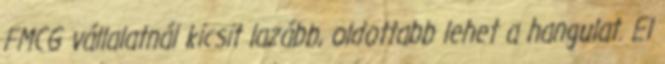
FMCG vállalatnál kicsit lazább, oldottabb lehet a hangulat. El